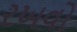
રખવો